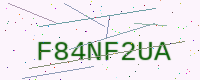
Text: F84NF2UA